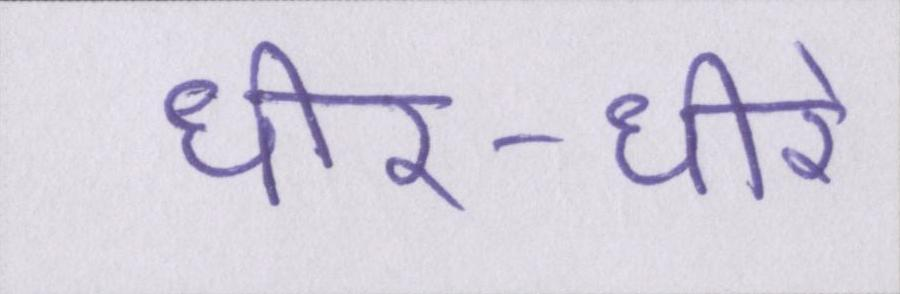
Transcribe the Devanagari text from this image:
धीर-धीरे